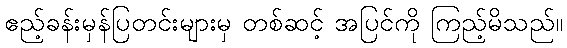
ဧည့်ခန်းမှန်ပြတင်းများမှ တစ်ဆင့် အပြင်ကို ကြည့်မိသည်။